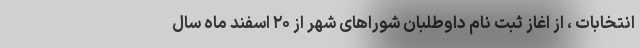
انتخابات ، از اغاز ثبت نام داوطلبان شوراهای شهر از ۲۰ اسفند ماه سال